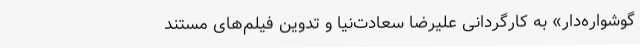
گوشواره‌دار» به کارگردانی علیرضا سعادت‌نیا و تدوین فیلم‌های مستند